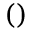
\left( \right)